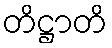
တိဋ္ဌာတိ